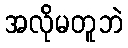
အလိုမတူဘဲ